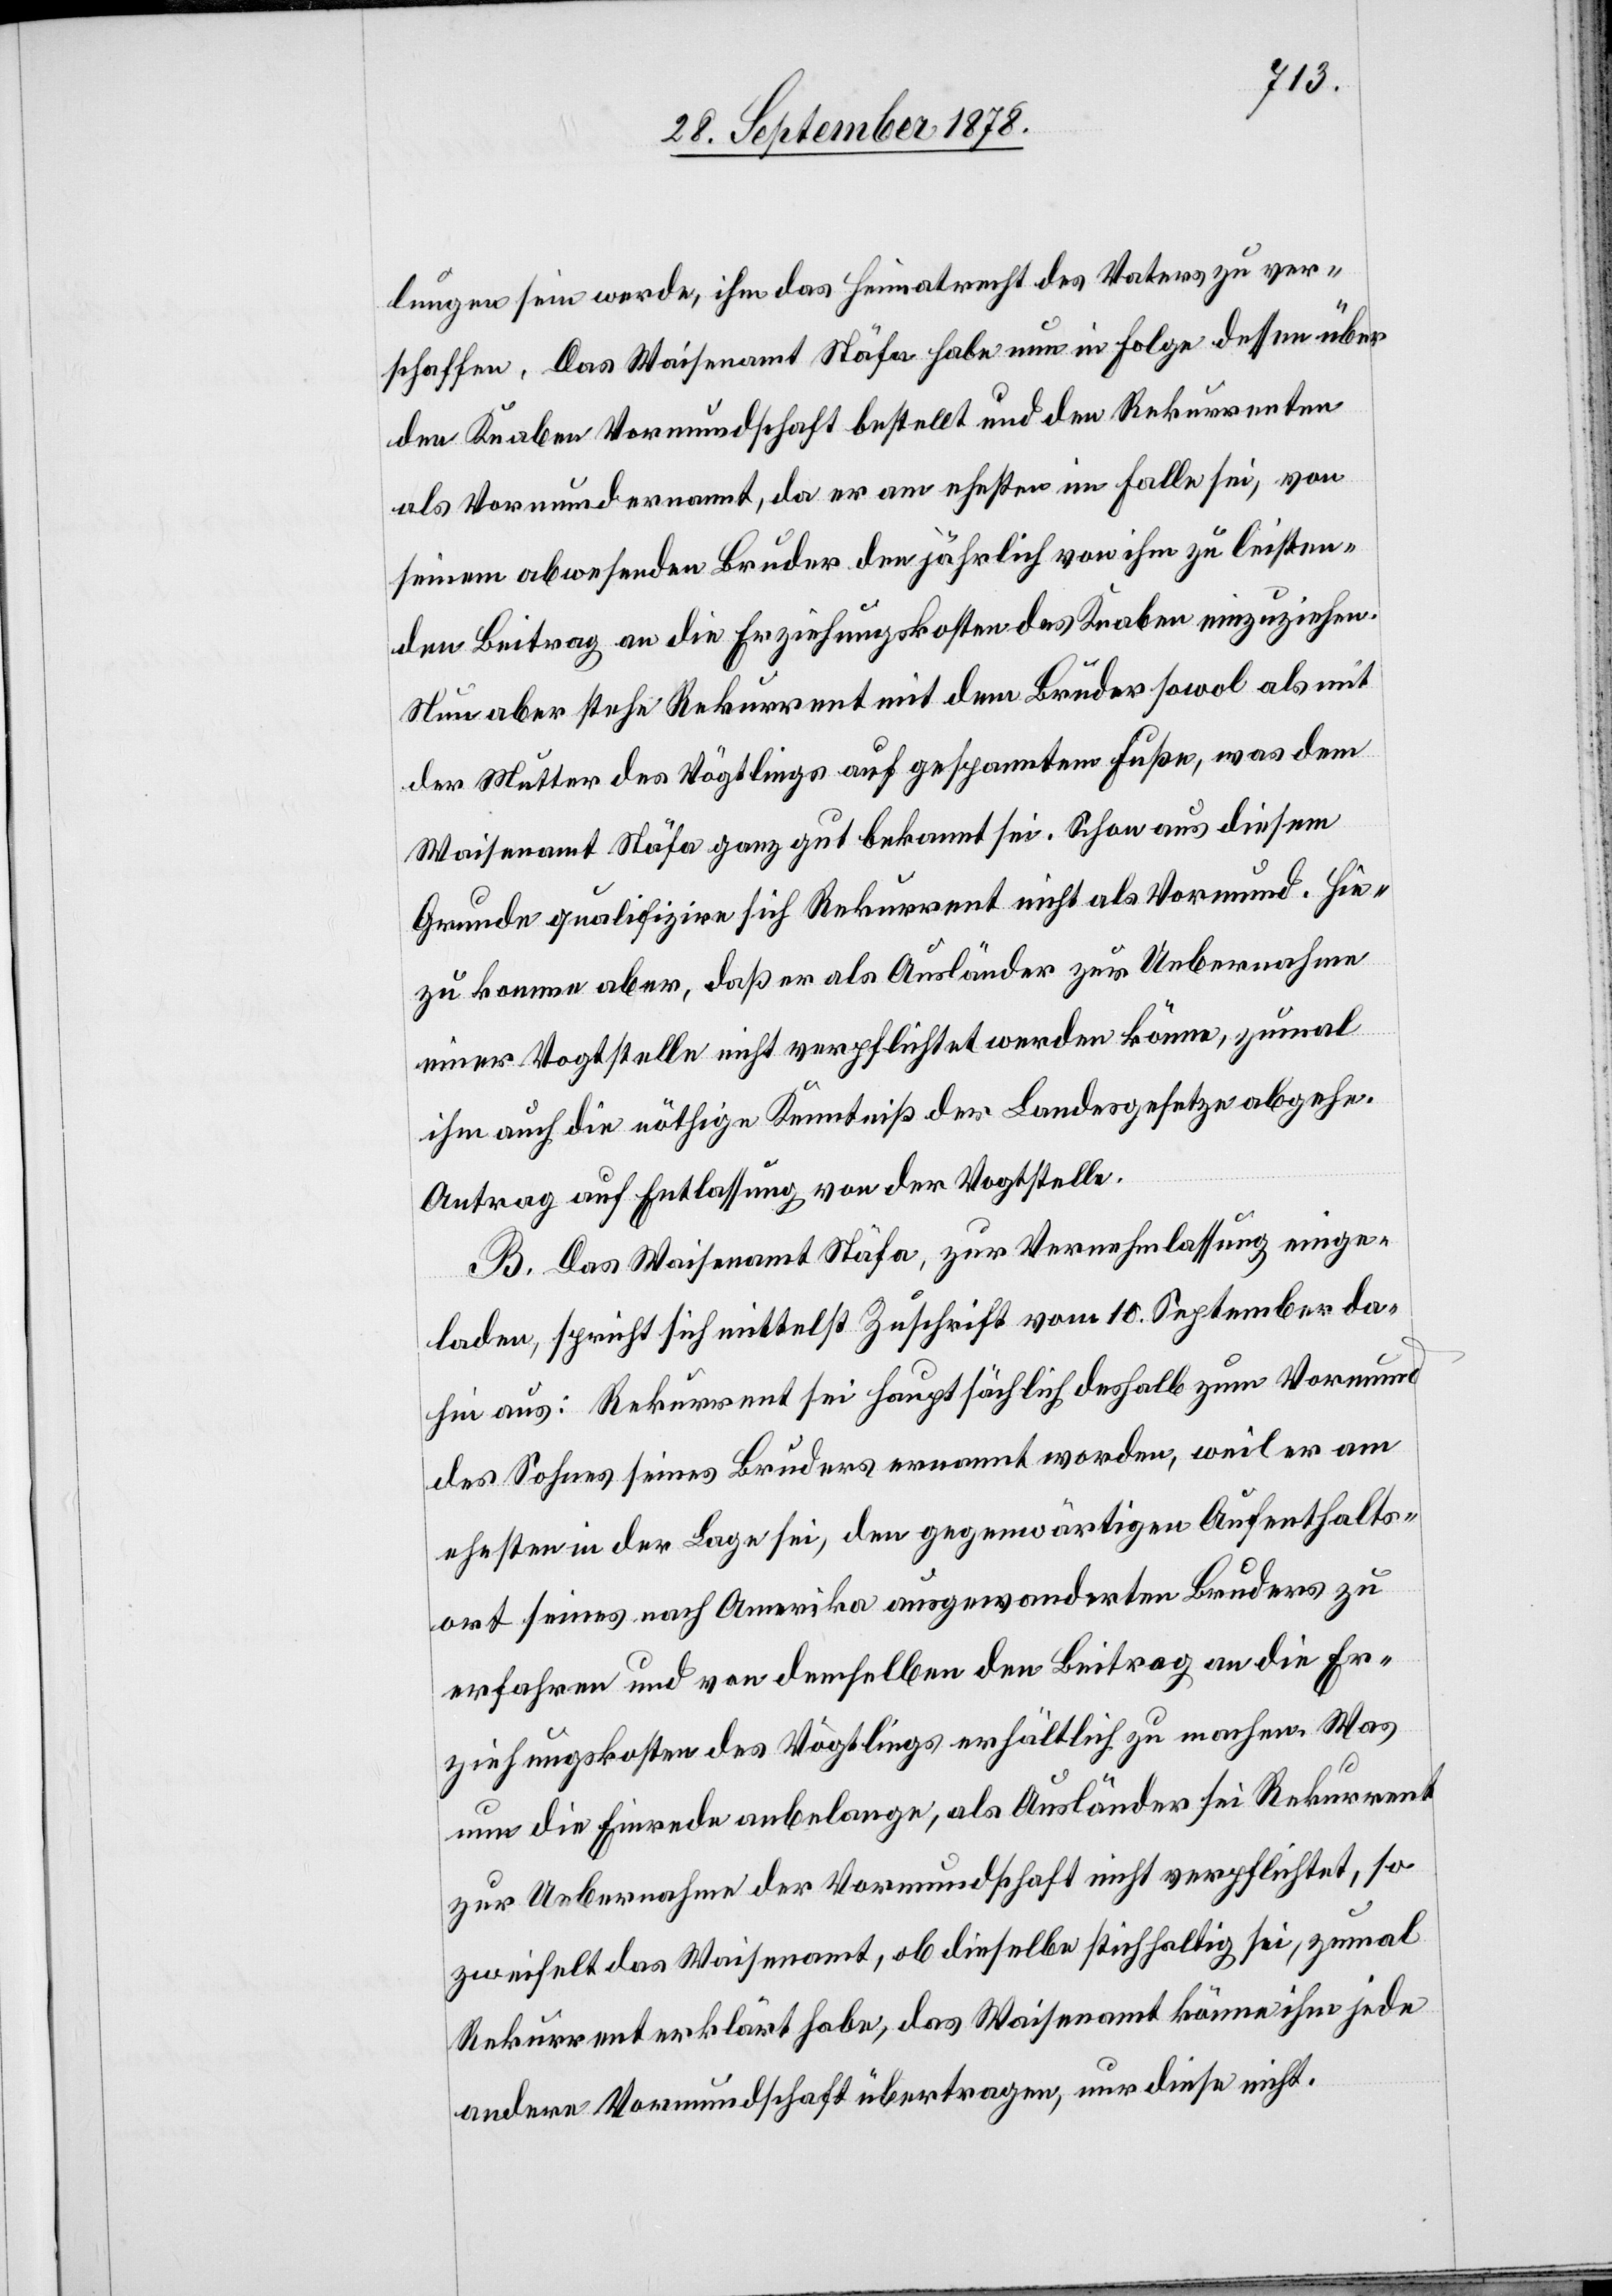
lungen sein werde, ihm das Heimatrecht des Vaters zu ver¬
schaffen. Das Waisenamt Stäfa habe nun in Folge dessen über
den Knaben Vormundschaft bestellt und den Rekurrenten
als Vormund ernannt, da er am ehesten im Falle sei, von
seinem abwesenden Bruder den jährlich von ihm zu leisten¬
den Beitrag an die Erziehungskosten des Knaben einzuziehen.
Nun aber stehe Rekurrent mit dem Bruder sowol als mit
der Mutter des Vögtlings auf gespanntem Fuße, was dem
Waisenamt Stäfa ganz gut bekannt sei. Schon aus diesem
Grunde qualifizire sich Rekurrent nicht als Vormund. Hie¬
zu komme aber, daß er als Ausländer zur Uebernahme
einer Vogtstelle nicht verpflichtet werden könne, zumal
ihm auch die nöthige Kenntniß der Landesgesetze abgehe.
Antrag auf Entlassung von der Vogtstelle.
B. Das Waisenamt Stäfa, zur Vernehmlassung einge¬
laden, spricht sich mittelst Zuschrift vom 10. September da¬
hin aus: Rekurrent sei hauptsächlich deshalb zum Vormund
des Sohnes seines Bruders ernannt worden, weil er am
ehesten in der Lage sei, den gegenwärtigen Aufenthalts¬
ort seines nach Amerika ausgewanderten Bruders zu
erfahren und von demselben den Beitrag an die Er¬
ziehungskosten des Vögtlings erhältlich zu machen. Was
nun die Einrede anbelange, als Ausländer sei Rekurrent
zur Uebernahme der Vormundschaft nicht verpflichtet, so
zweifelt das Waisenamt, ob dieselbe stichhaltig sei, zumal
Rekurrent erklärt habe, das Waisenamt könne ihm jede
andere Vormundschaft übertragen, nur diese nicht.